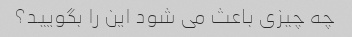
چه چیزی باعث می شود این را بگویید؟